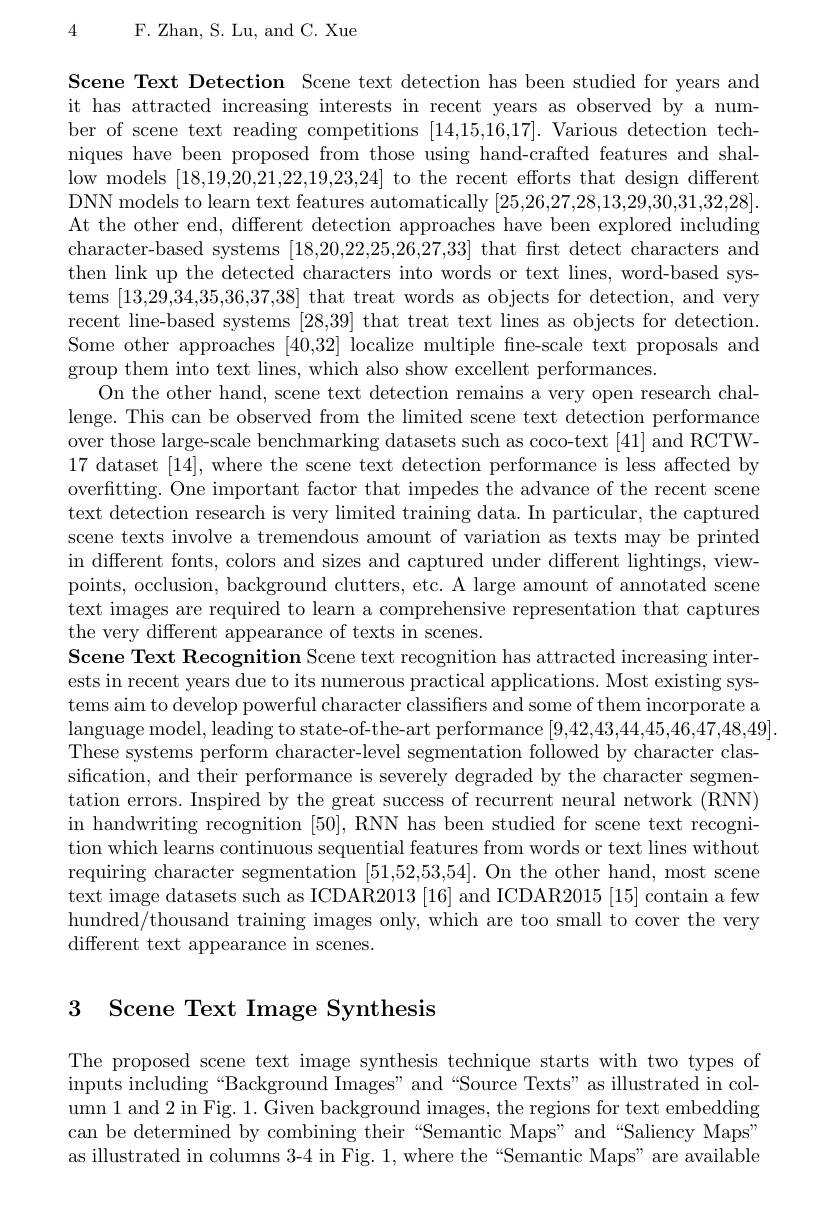
4

F. Zhan, S. Lu, and C. Xue

Scene Text Detection Scene text detection has been studied for years and it has attracted increasing interests in recent years as observed by a number of scene text reading competitions [14,15,16,17]. Various detection techniques have been proposed from those using hand-crafted features and shallow models [18,19,20,21,22,19,23,24] to the recent efforts that design different DNN models to learn text features automatically [25,26,27,28,13,29,30,31,32,28]. At the other end, different detection approaches have been explored including character-based systems [18,20,22,25,26,27,33] that first detect characters and then link up the detected characters into words or text lines, word-based systems [13,29,34,35,36,37,38] that treat words as objects for detection, and very recent line-based systems [28,39] that treat text lines as objects for detection. Some other approaches [40,32] localize multiple fne-scale text proposals and group them into text lines, which also show excellent performances.
On the other hand, scene text detection remains a very open research challenge. This can be observed from the limited scene text detection performance over those large-scale benchmarking datasets such as coco-text [41] and RCTW- 17 dataset [14], where the scene text detection performance is less affected by overftting. One important factor that impedes the advance of the recent scene text detection research is very limited training data. In particular, the captured scene texts involve a tremendous amount of variation as texts may be printed in different fonts, colors and sizes and captured under different lightings, viewpoints, occlusion, background clutters, etc. A large amount of annotated scene text images are required to learn a comprehensive representation that captures the very different appearance of texts in scenes.
Scene Text Recognition Scene text recognition has attracted increasing interests in recent years due to its numerous practical applications. Most existing systems aim to develop powerful character classifiers and some of them incorporate a language model, leading to state-of-the-art performance [9,42,43,44,45,46,47,48,49] These systems perform character-level segmentation followed by character classification, and their performance is severely degraded by the character segmentation errors. Inspired by the great success of recurrent neural network (RNN) in handwriting recognition [50], RNN has been studied for scene text recognition which learns continuous sequential features from words or text lines without requiring character segmentation [51,52,53,54]. On the other hand, most scene text image datasets such as ICDAR2013 [16] and ICDAR2015 [15] contain a few hundred/thousand training images only, which are too small to cover the very different text appearance in scenes.

## 3 Scene Text Image Synthesis

The proposed scene text image synthesis technique starts with two types of inputs including“Background Images”and“Source Texts”as illustrated in column 1 and 2 in Fig. 1. Given background images, the regions for text embedding can be determined by combining their “Semantic Maps” and“Saliency Maps” as illustrated in columns 3-4 in Fig. 1, where the “Semantic Maps”are available